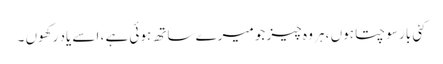
کئی بار سوچتا ہوں ، ہر وہ چیز جو میرے ساتھ ہوئی ہے ، اسے یاد رکھوں ۔